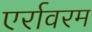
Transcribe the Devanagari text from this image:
एर्रावरम